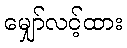
မျှော်လင့်ထား